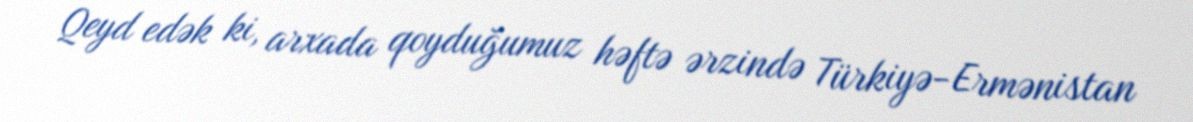
Qeyd edək ki, arxada qoyduğumuz həftə ərzində Türkiyə-Ermənistan